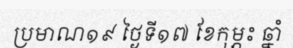
ប្រមាណ១៩ ថ្ងៃទី១៧ ខែកុម្ភះ ឆ្នាំ